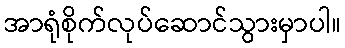
အာရုံစိုက်လုပ်ဆောင်သွားမှာပါ။